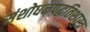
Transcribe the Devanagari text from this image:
संशोधनपद्धतिशास्त्र